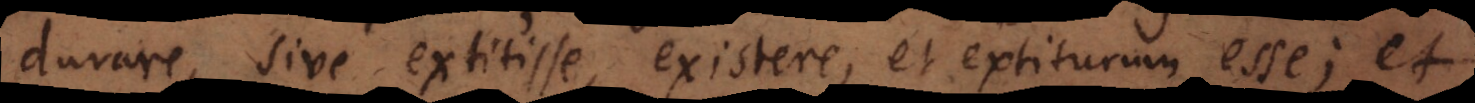
durare, sive extitisse, existere, et extiturum esse; et